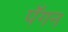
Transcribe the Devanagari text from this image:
पॅगन